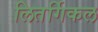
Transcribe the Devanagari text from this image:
लितर्गिकल